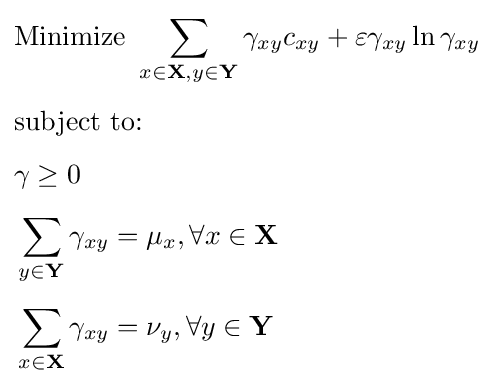
{\begin{aligned}&{\text{Minimize }}\sum _{x\in \mathbf {X} ,y\in \mathbf {Y} }\gamma _{xy}c_{xy}+\varepsilon \gamma _{xy}\ln \gamma _{xy}\\[4pt]&{\text{subject to: }}\\[4pt]&\gamma \geq 0\\[4pt]&\sum _{y\in \mathbf {Y} }\gamma _{xy}=\mu _{x},\forall x\in \mathbf {X} \\[4pt]&\sum _{x\in \mathbf {X} }\gamma _{xy}=\nu _{y},\forall y\in \mathbf {Y} \end{aligned}}